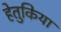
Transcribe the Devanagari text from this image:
हेतुकिया